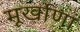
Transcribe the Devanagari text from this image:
मूर्खाणां